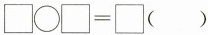
$$\Box \bigcirc \Box = \Box ( )$$